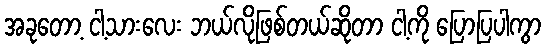
အခုတော့ ငါ့သားလေး ဘယ်လိုဖြစ်တယ်ဆိုတာ ငါ့ကို ပြောပြပါကွာ